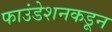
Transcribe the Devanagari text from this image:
फाउंडेशनकडून